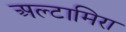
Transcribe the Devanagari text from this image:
अल्टामिरा